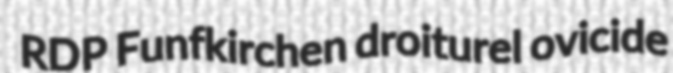
RDP Funfkirchen droiturel ovicide